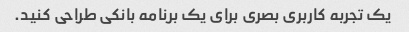
یک تجربه کاربری بصری برای یک برنامه بانکی طراحی کنید.